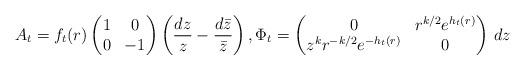
\begin{align*}A_t=f_t(r)\begin{pmatrix}1&0\\0&-1\end{pmatrix}\left(\frac{dz}{z}-\frac{d\bar z}{\bar z}\right), \Phi_t=\begin{pmatrix}0&r^{k/2}e^{h_t(r)}\\z^kr^{-k/2} e^{-h_t(r)}&0\end{pmatrix}\,dz\end{align*}